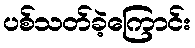
ပစ်သတ်ခဲ့ကြောင်း